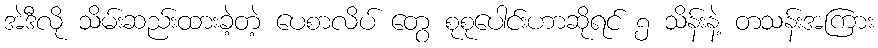
အဲဒီလို သိမ်းဆည်းထားခဲ့တဲ့ ပေစာလိပ် တွေ စုစုပေါင်းဟာဆိုရင် ၅ သိန်းနဲ့ တသန်းအကြား